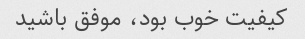
کیفیت خوب بود، موفق باشید